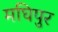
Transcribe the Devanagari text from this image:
मघिपुर